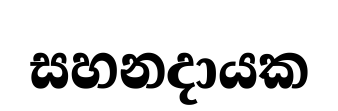
සහනදායක